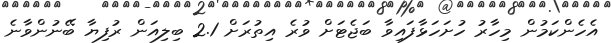
އެހެންކަމުން މިހާރު ހުށަހަޅާފައިވާ ބަޖެޓަށް ވުރެ އިތުރަށް 2.1 ބިލިއަން ރުފިޔާ ބޭނުންވާނެ